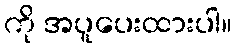
ကို အပူပေးထားပါ။